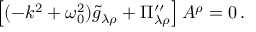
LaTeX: \left[ ( - k ^ { 2 } + \omega _ { 0 } ^ { 2 } ) \widetilde g _ { \lambda \rho } + \Pi _ { \lambda \rho } ^ { \prime \prime } \right] A ^ { \rho } = 0 \, .